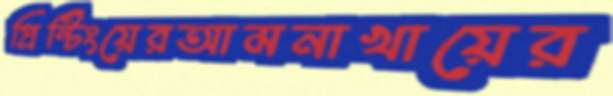
প্রিন্টিংয়েরআমনাখায়ের